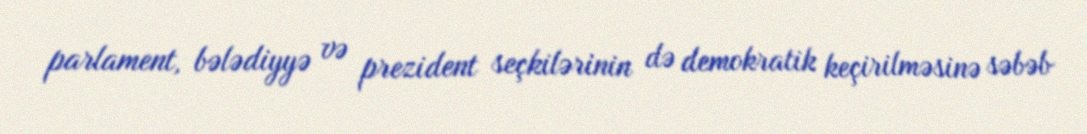
parlament, bələdiyyə və prezident seçkilərinin də demokratik keçirilməsinə səbəb